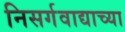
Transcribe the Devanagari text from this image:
निसर्गवाद्याच्या